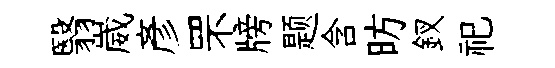
翳崴彥罘牓题含昉釵祀